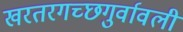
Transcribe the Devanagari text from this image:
खरतरगच्छगुर्वावली